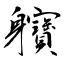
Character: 軉